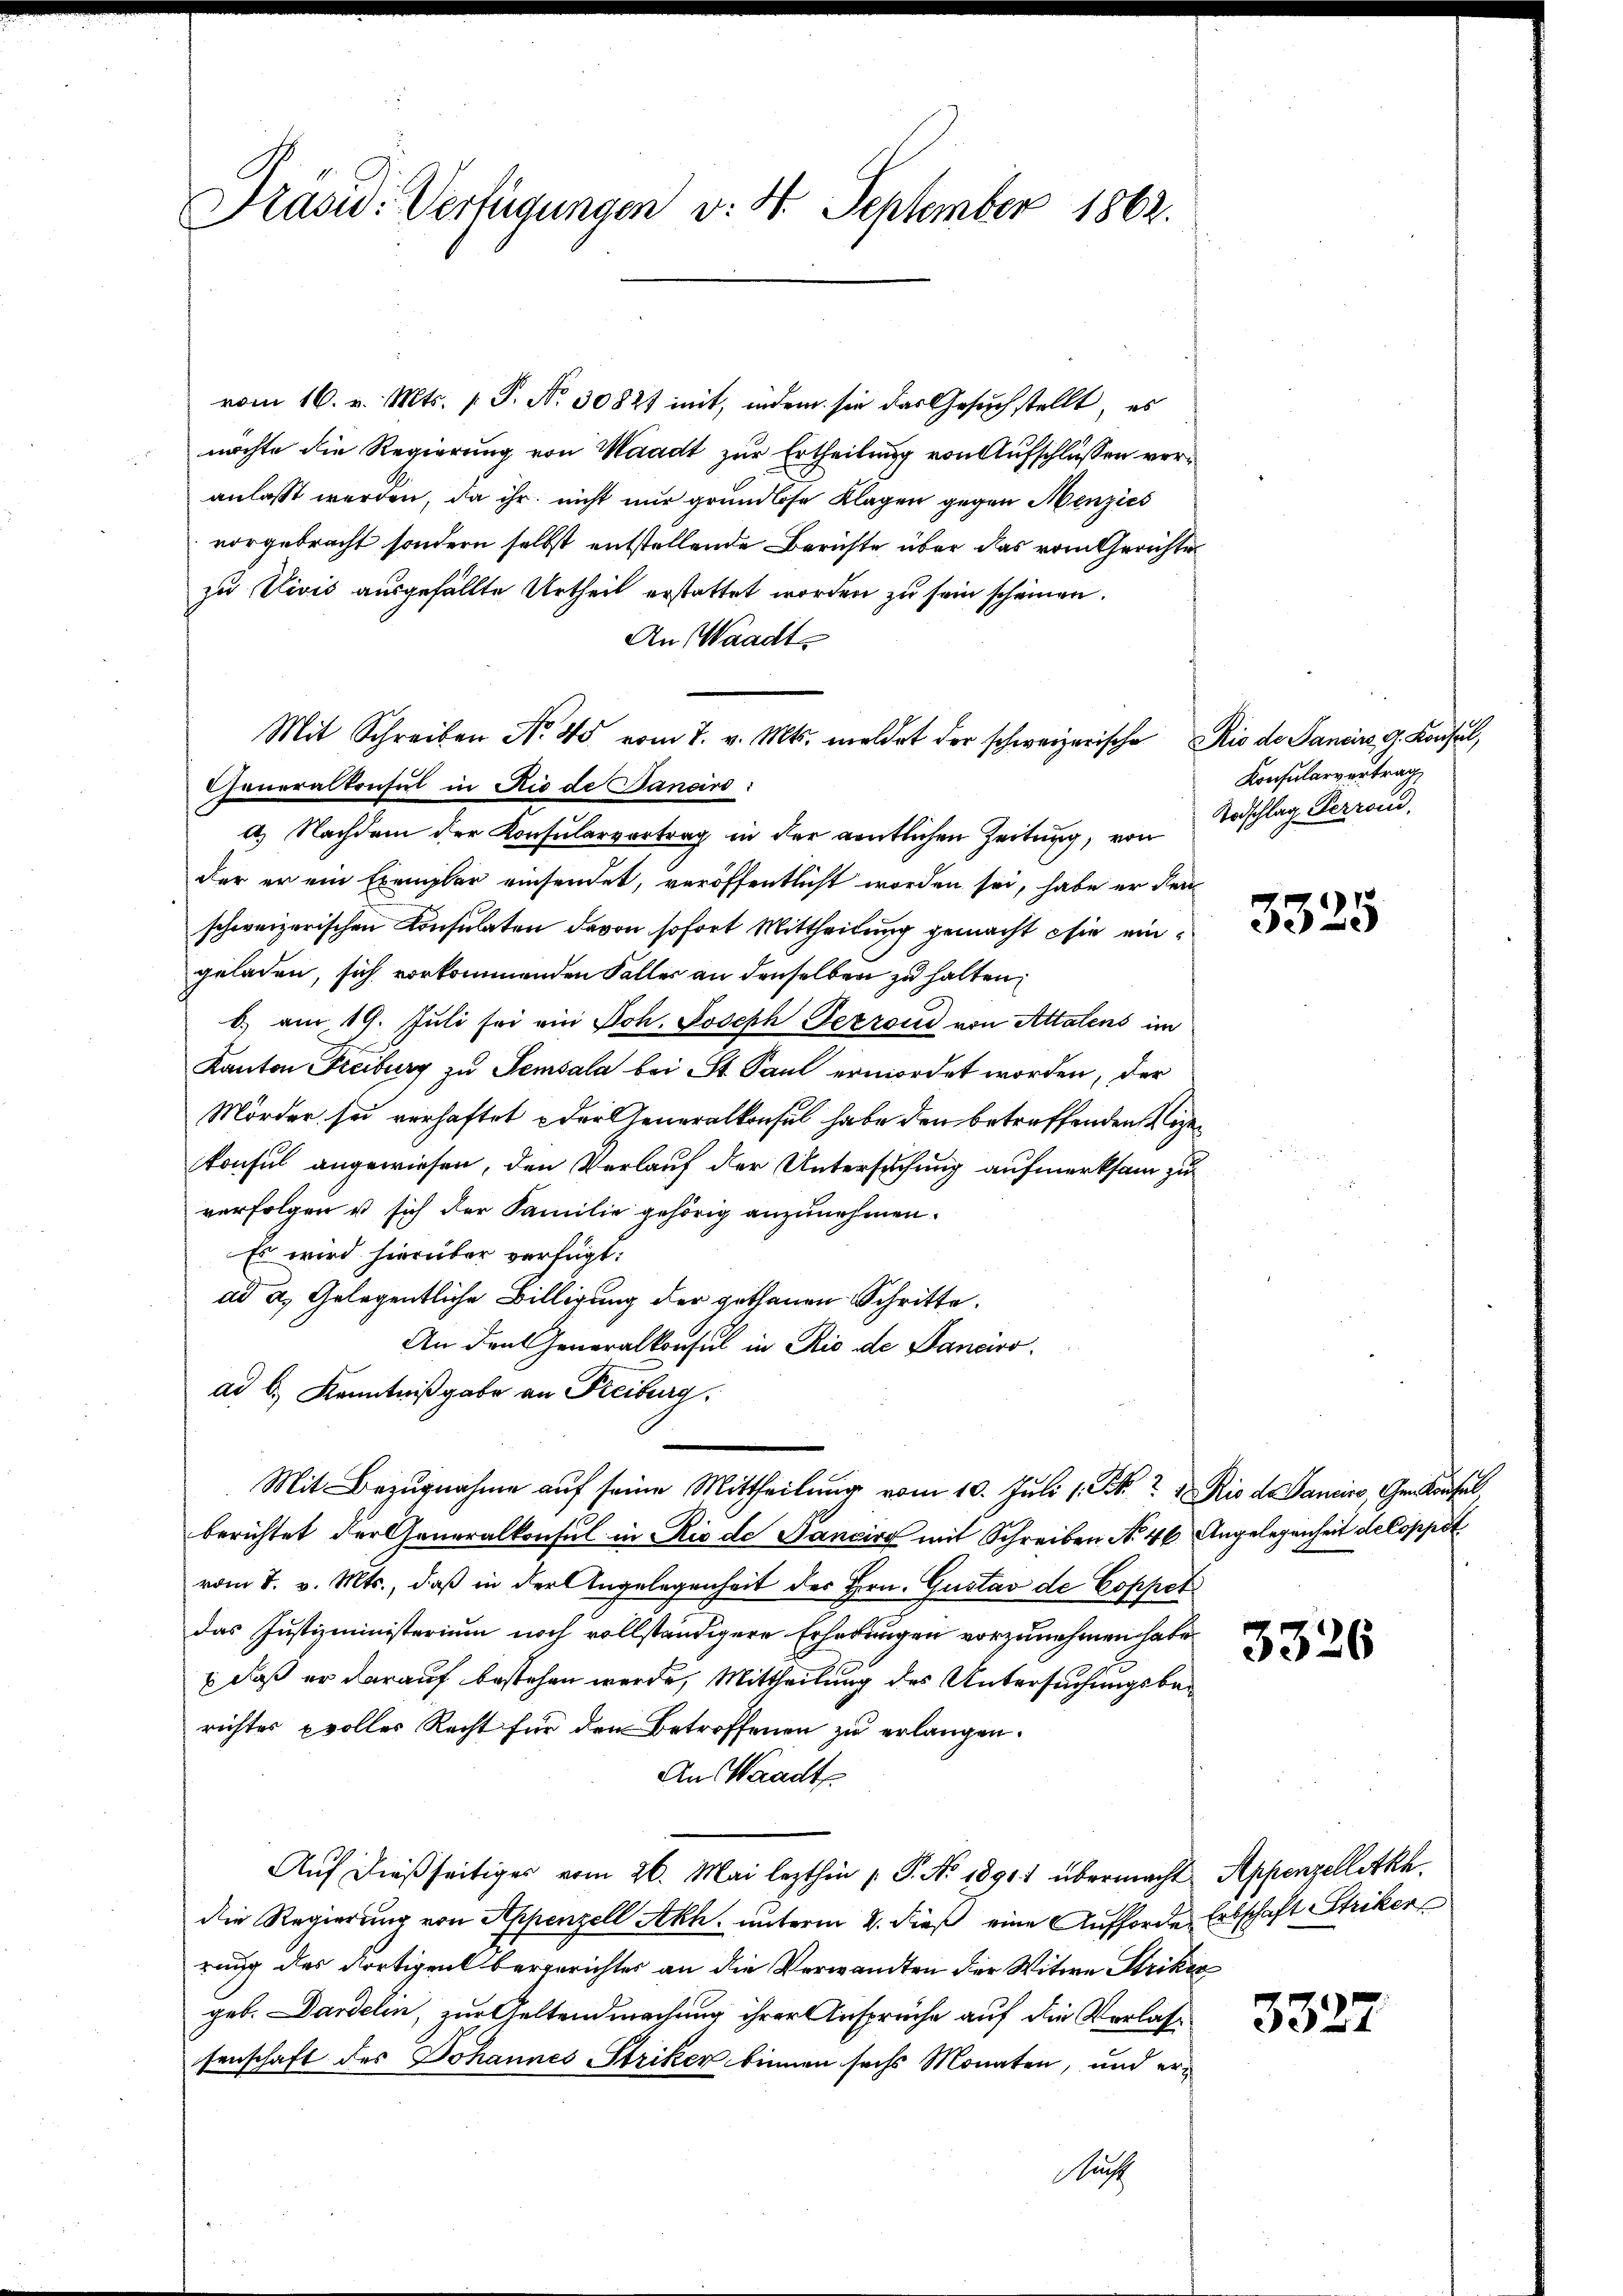
Präsid: Verfügungen v. 4. September 1862.

vom 16. v. Mts. [ P. Nr. 30827 mit, indem sie das Gesuchstellt, es
möchte die Regierung von Waadt zur Ertheilung von Aufschlüssen veranlasst werden, da ihr nicht nur grundlose Klagen gegen Menzies
vorgebracht, sondern selbst entstellende Berichte über das vom Gerichter
zu Divis ausgefällte Urtheil erstattet worden zu sein scheinen.
An Waadt
Mit Schreiben No. 45 vom 7. v. Mts. meldet der schweizerische Rio de Sancing. Konsul,
GGeneralkonsul in Rio de Janeirs:
1.) Nachdem der Konsularvortrag in der amtlichen Zeitung, von
der er ein Exemplar einsendet, veröffentlicht worden sei, habe er den
schweizerischen Konsulaten davon sofort Mittheilung gemacht sie eingeladen, sich vorkommenden Falles an denselben zu halten,
b. am 19. Juli sei ein Joh. Joseph Perroud von Attalens im
Kanton Freiburg zu Semsala bei St. Paul ermordet worden, der
Mörder sei verhaftet der Generalkonsul habe den betreffenden Riekonsul angewiesen, den Verlauf der Untersuchung aufmerksam zu
verfolgen u sich der Familie gehörig anzunehmen.
Es wird hierüber verfügt:
ad a. Gelegentliche Billigung der gethanen Schritte.
An den Generalkonsul in Rio de Banciro
ad b.) Kenntnißgabe an Freiburg,
Mit Bezugnahme auf seine Mittheilung vom 10. Juli 1 Frk. 2 9 Rio d. Janeiro, GenKausal,
berichtet der Generalkonsul in Rio de Sancirt mit Schreiben No 46 Angelegenheit decoppot
vom 8. v. Mts., daß in der Angelegenheit der Hrn. Gustav de Coppet
das Justizministerium noch vollständigere Erhebungen vorzunehmen habe,
 daß er darauf bestehen werde, Mittheilung des Untersuchungsberichtes prolles Recht für den Betroffenen zu erlangen.
An Waadt
Auf dießseitiges vom 26. Mai lezthin  P. Nr. 1891 übermacht Appenzelletkh.
die Regierung von Appenzell Akh, unterm 2. dieß eine Aufforde Erbschaft Striker
rung des dortigen bergerichtes an die Verwandten der Witwe Striker
geb. Dardelin, zur Geltendmachung ihrer Ansprüche auf die Verlassenschaft des Johannes Striken binnen sechs Monaten, und er¬
Suff

Konsularvertrag
Todschlag Perrond

3325

3326

3327.